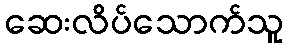
ဆေးလိပ်သောက်သူ